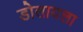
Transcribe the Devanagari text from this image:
डोलायला